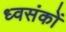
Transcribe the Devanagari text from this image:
ध्वसंकों